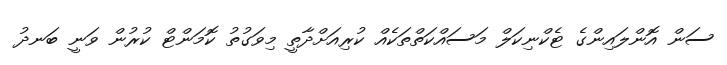
ސަން އޮންލައިންގެ ޓެކްނިކަލް މަސައްކަތްތަކެއް ކުރިއަށްދާތީ މިވަގުތު ކޮމަންޓް ކުރުން ވަނީ ބަނދު